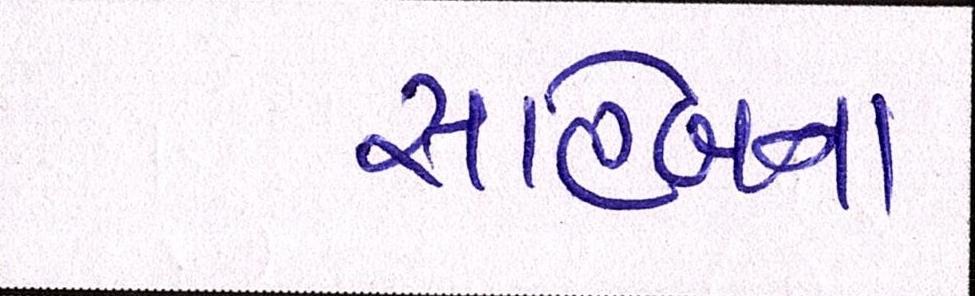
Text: સાહેબના